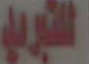
اللتبريد